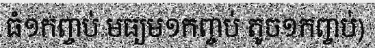
ធំ១កញ្ចប់ មធ្យម១កញ្ចប់ តូច១កញ្ចប់)